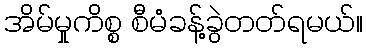
အိမ်မှုကိစ္စ စီမံခန့်ခွဲတတ်ရမယ်။